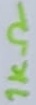
Text: 1KΩ